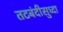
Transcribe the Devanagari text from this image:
तटबंदीसुध्दा